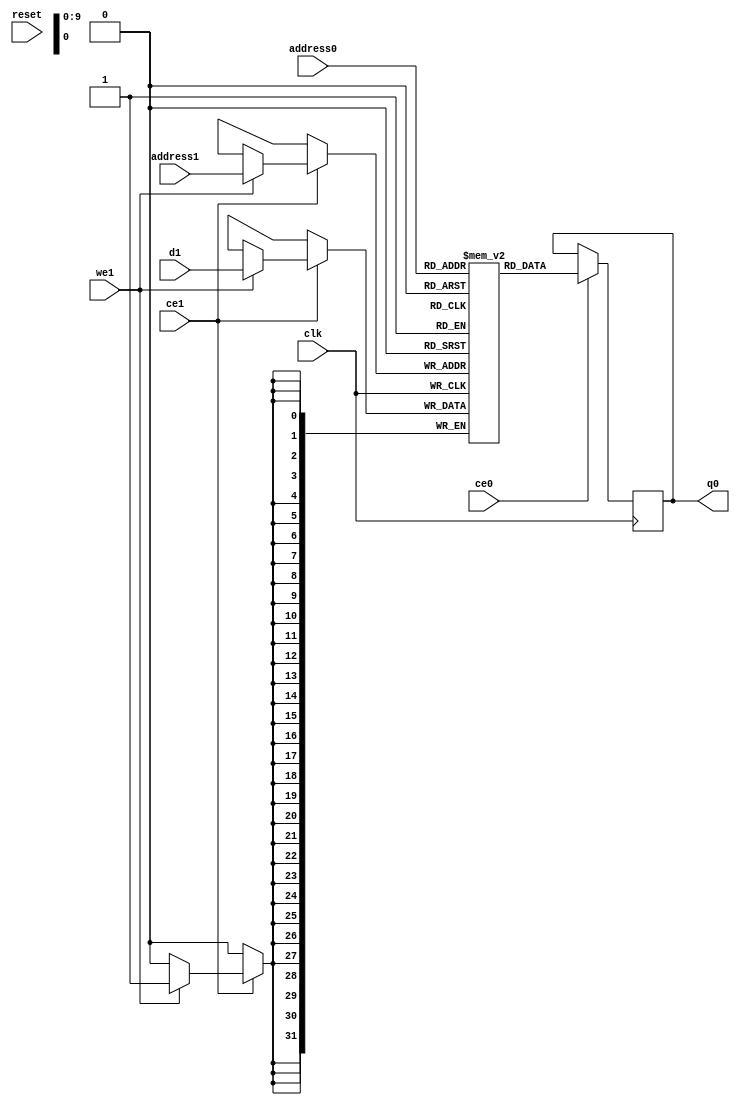
`timescale 1 ns / 1 ps
// ==============================================================
// Vitis HLS - High-Level Synthesis from C, C++ and OpenCL v2022.2 (64-bit)
// Version: 2022.2
// Copyright 1986-2022 Xilinx, Inc. All Rights Reserved.
// ==============================================================
module kernel3_PE_local_C_RAM_2P_BRAM_1R1W (

    address0, ce0,

    q0,

    address1, ce1,
    d1, we1,


    reset, clk);
parameter DataWidth = 32;
parameter AddressWidth = 10;
parameter AddressRange = 1024;

input[AddressWidth-1:0] address0;
input ce0;
output reg[DataWidth-1:0] q0;

input[AddressWidth-1:0] address1;
input ce1;
input[DataWidth-1:0] d1;
input we1;
input reset;
input clk;
(* ram_style = "block"  *)reg [DataWidth-1:0] ram[0:AddressRange-1];

always @(posedge clk)
begin
    if (ce0) begin
        q0 <= ram[address0];
    end
end


always @(posedge clk)
begin
    if (ce1) begin
        if (we1)
            ram[address1] <= d1;
    end
end


endmodule